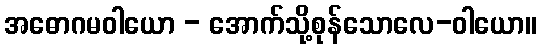
အဓောဂမဝါယော - အောက်သို့စုန်သောလေ-ဝါယော။